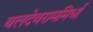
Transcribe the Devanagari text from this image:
बलदेवराममिर्धा